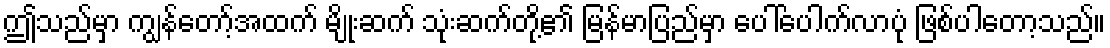
ဤသည်မှာ ကျွန်တော့်အထက် မျိုးဆက် သုံးဆက်တို့၏ မြန်မာပြည်မှာ ပေါ်ပေါက်လာပုံ ဖြစ်ပါတော့သည်။